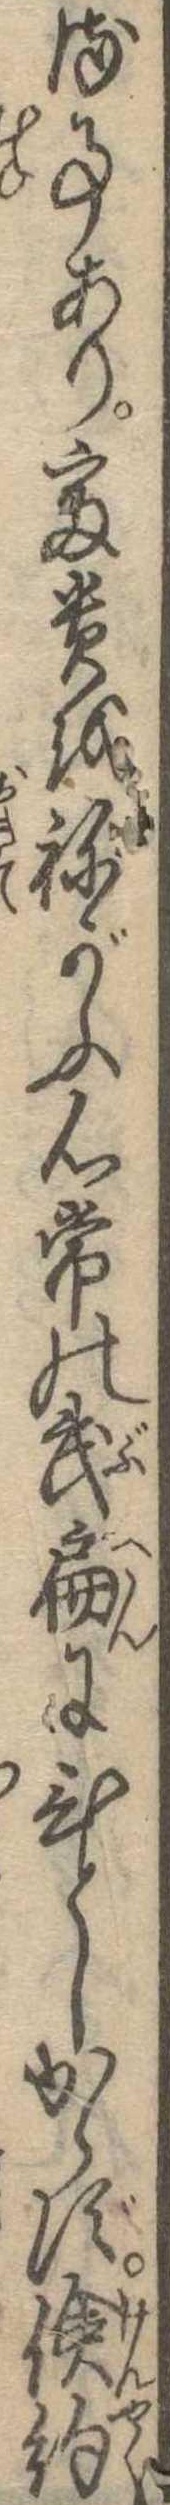
る事あり富貴をねがふ心常の武扁にひとしからず倹約